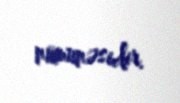
nümunəsidir.